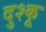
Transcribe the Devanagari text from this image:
दुश्कू